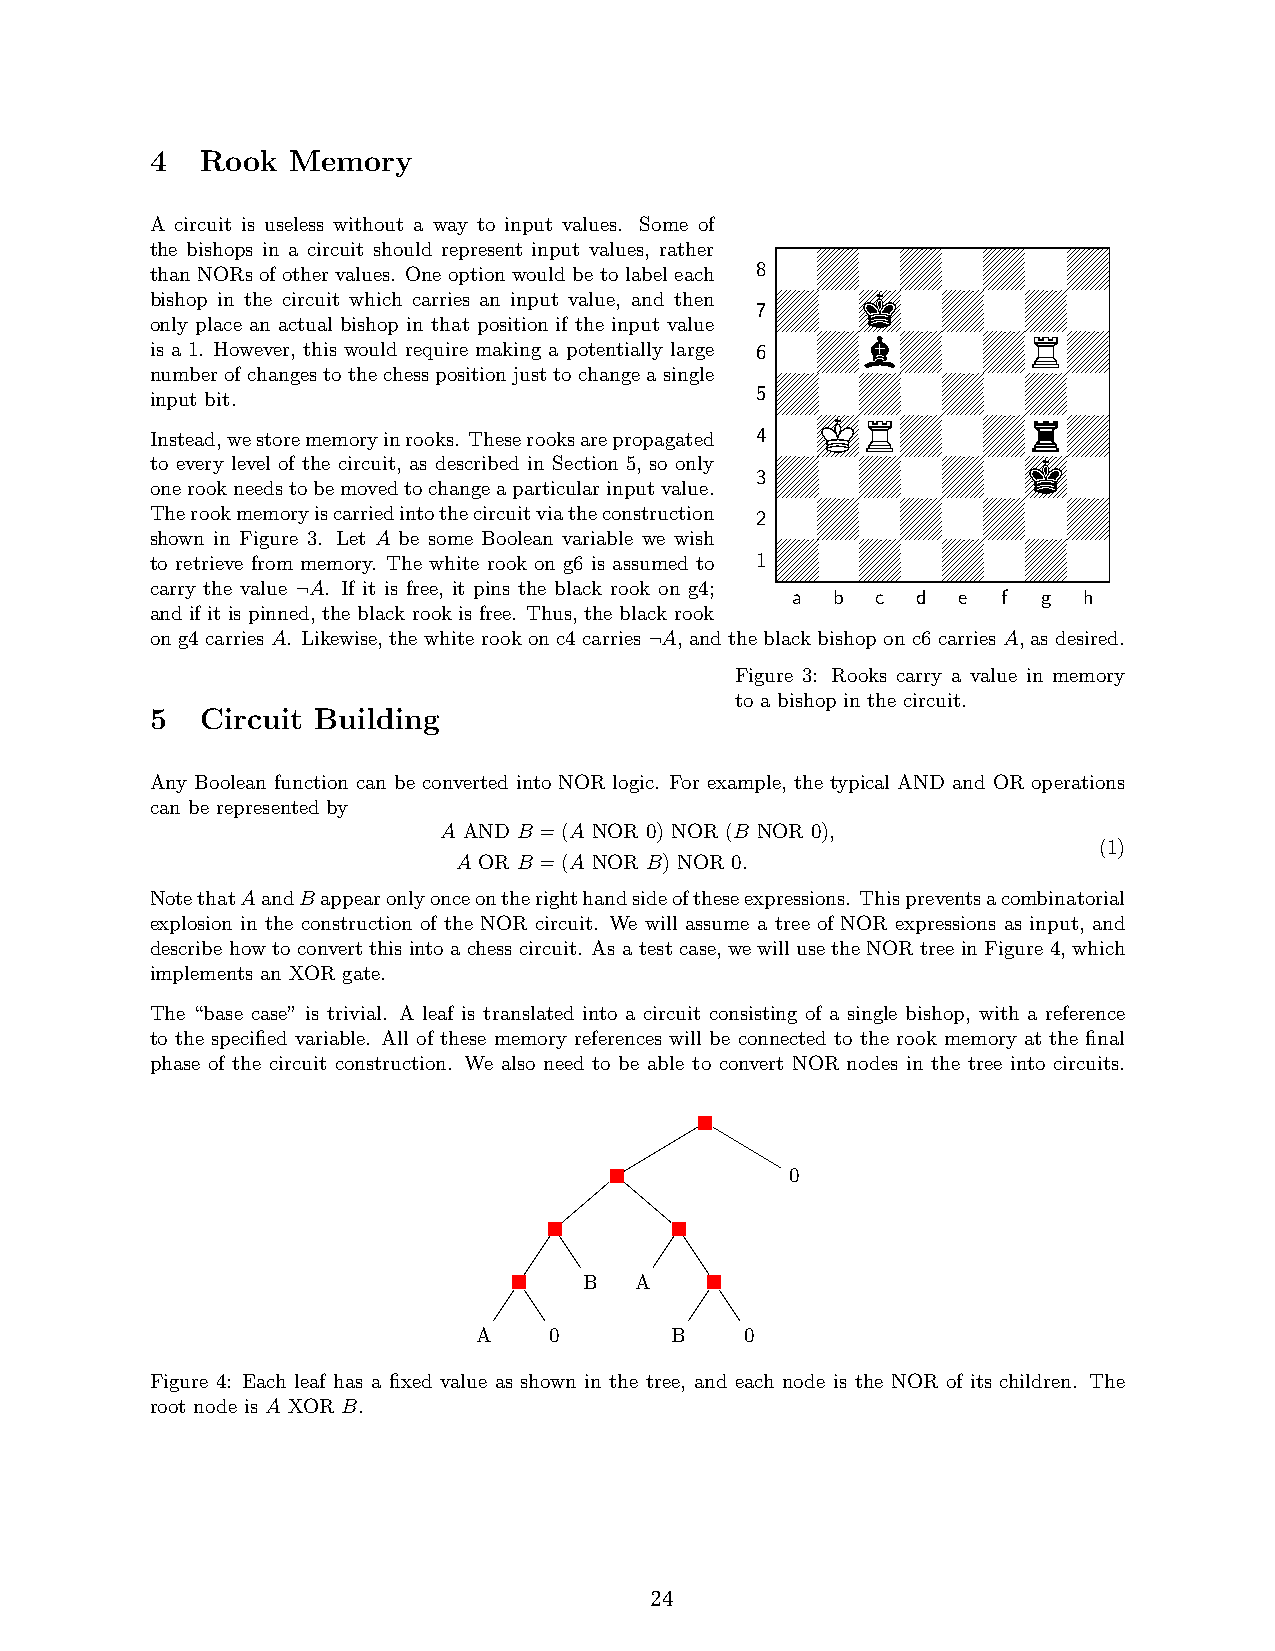
4  Rook  Memory
 A circuit is useless without a way to input values. Some of
 the bishops in a circuit should represent input values, rather
 0Z0Z0Z0Z
 than NORs of other values. One option would be to label each 8
 bishop in the circuit which carries an input value, and then Z0j0Z0Z0
 7
 only place an actual bishop in that position if the input value
 0ZbZ0ZRZ
 is a 1. However, this would require making a potentially large 6
 numberofchangestothechesspositionjusttochangeasingle
 Z0Z0Z0Z0
 input bit.                              5
 0JRZ0ZrZ
 Instead,westorememoryinrooks. Theserooksarepropagated 4
 to every level of the circuit, as described in Section 5, so only Z0Z0Z0j0
 3
 onerookneedstobemovedtochangeaparticularinputvalue.
 0Z0Z0Z0Z
 Therookmemoryiscarriedintothecircuitviatheconstruction 2
 shown in Figure 3. Let A be some Boolean variable we wish
 Z0Z0Z0Z0
 to retrieve from memory. The white rook on g6 is assumed to 1
 carry the value A. If it is free, it pins the black rook on g4;
 a  b  c  d e  f  g  h
 ¬
 and if it is pinned, the black rook is free. Thus, the black rook
 on g4 carries A. Likewise, the white rook on c4 carries A, and the black bishop on c6 carries A, as desired.
 ¬
 Figure 3: Rooks carry a value in memory
 to a bishop in the circuit.
 5  Circuit Building
 Any Boolean function can be converted into NOR logic. For example, the typical AND and OR operations
 can be represented by
 A AND B =(A NOR 0) NOR (B NOR 0),
 (1)
 A OR B =(A NOR B) NOR 0.
 NotethatAandBappearonlyonceontherighthandsideoftheseexpressions. Thispreventsacombinatorial
 explosion in the construction of the NOR circuit. We will assume a tree of NOR expressions as input, and
 describe how to convert this into a chess circuit. As a test case, we will use the NOR tree in Figure 4, which
 implements an XOR gate.
 The “base case” is trivial. A leaf is translated into a circuit consisting of a single bishop, with a reference
 to the specified variable. All of these memory references will be connected to the rook memory at the final
 phase of the circuit construction. We also need to be able to convert NOR nodes in the tree into circuits.
 0
 B  A
 A   0       B    0
 Figure 4: Each leaf has a fixed value as shown in the tree, and each node is the NOR of its children. The
 root node is A XOR B.
 3
 24